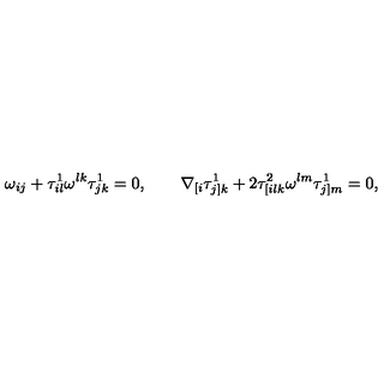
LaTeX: \omega _ { i j } + \tau _ { i l } ^ { 1 } \omega ^ { l k } \tau _ { j k } ^ { 1 } = 0 , \qquad \nabla _ { [ i } \tau _ { j ] k } ^ { 1 } + 2 \tau _ { [ i l k } ^ { 2 } \omega ^ { l m } \tau _ { j ] m } ^ { 1 } = 0 ,